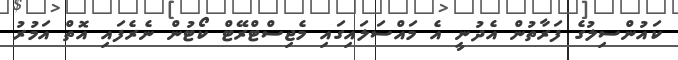
ކައުންސިލުގެ ފަރާތުން އެދުނީ އެ މައްސަލައިގައި މެޖިސްޓްރޭޓް ކޯޓުން ނެރެފައި އޮތް އަމުރު